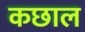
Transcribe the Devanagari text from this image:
कछाल